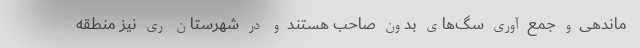
ماندهی و جمع آوری سگ‌های بدون صاحب هستند و در شهرستان ری نیز منطقه